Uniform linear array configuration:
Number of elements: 8
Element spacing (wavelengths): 1
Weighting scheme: binomial
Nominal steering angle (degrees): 45
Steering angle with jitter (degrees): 46.83
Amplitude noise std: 0.05
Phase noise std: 0.05

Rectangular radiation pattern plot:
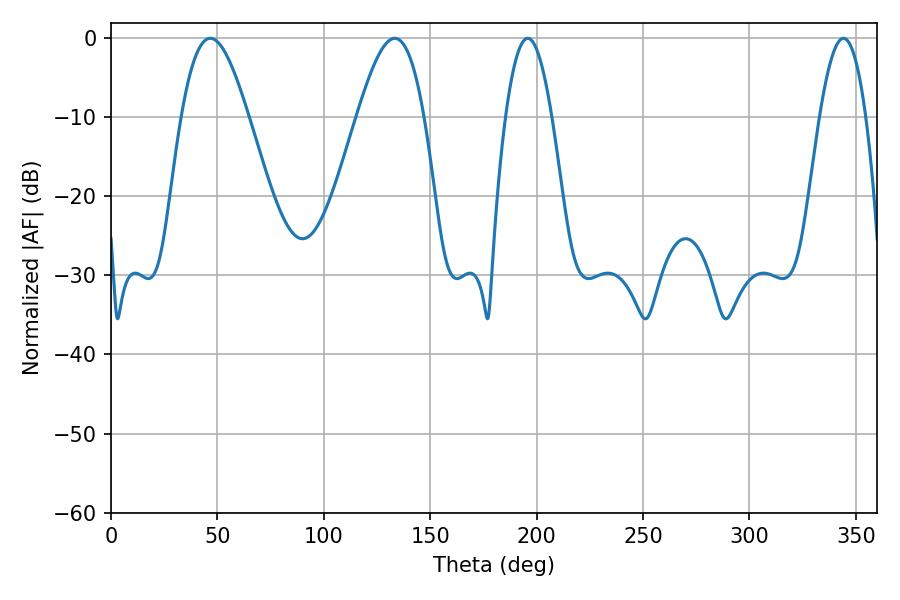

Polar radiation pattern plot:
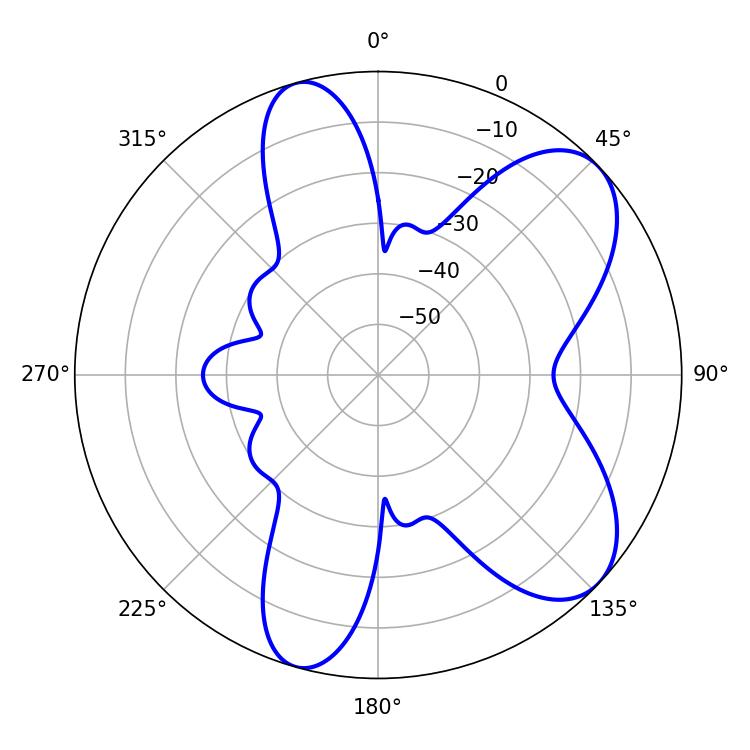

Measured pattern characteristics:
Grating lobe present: TRUE
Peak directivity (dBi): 7.524
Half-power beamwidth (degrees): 11.7
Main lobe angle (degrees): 195.84